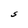
Character: S